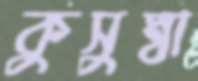
কুসুম্বা